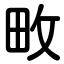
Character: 畋